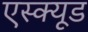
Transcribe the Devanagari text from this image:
एस्क्यूड